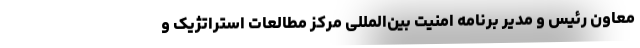
معاون رئیس و مدیر برنامه امنیت بین‌المللی مرکز مطالعات استراتژیک و